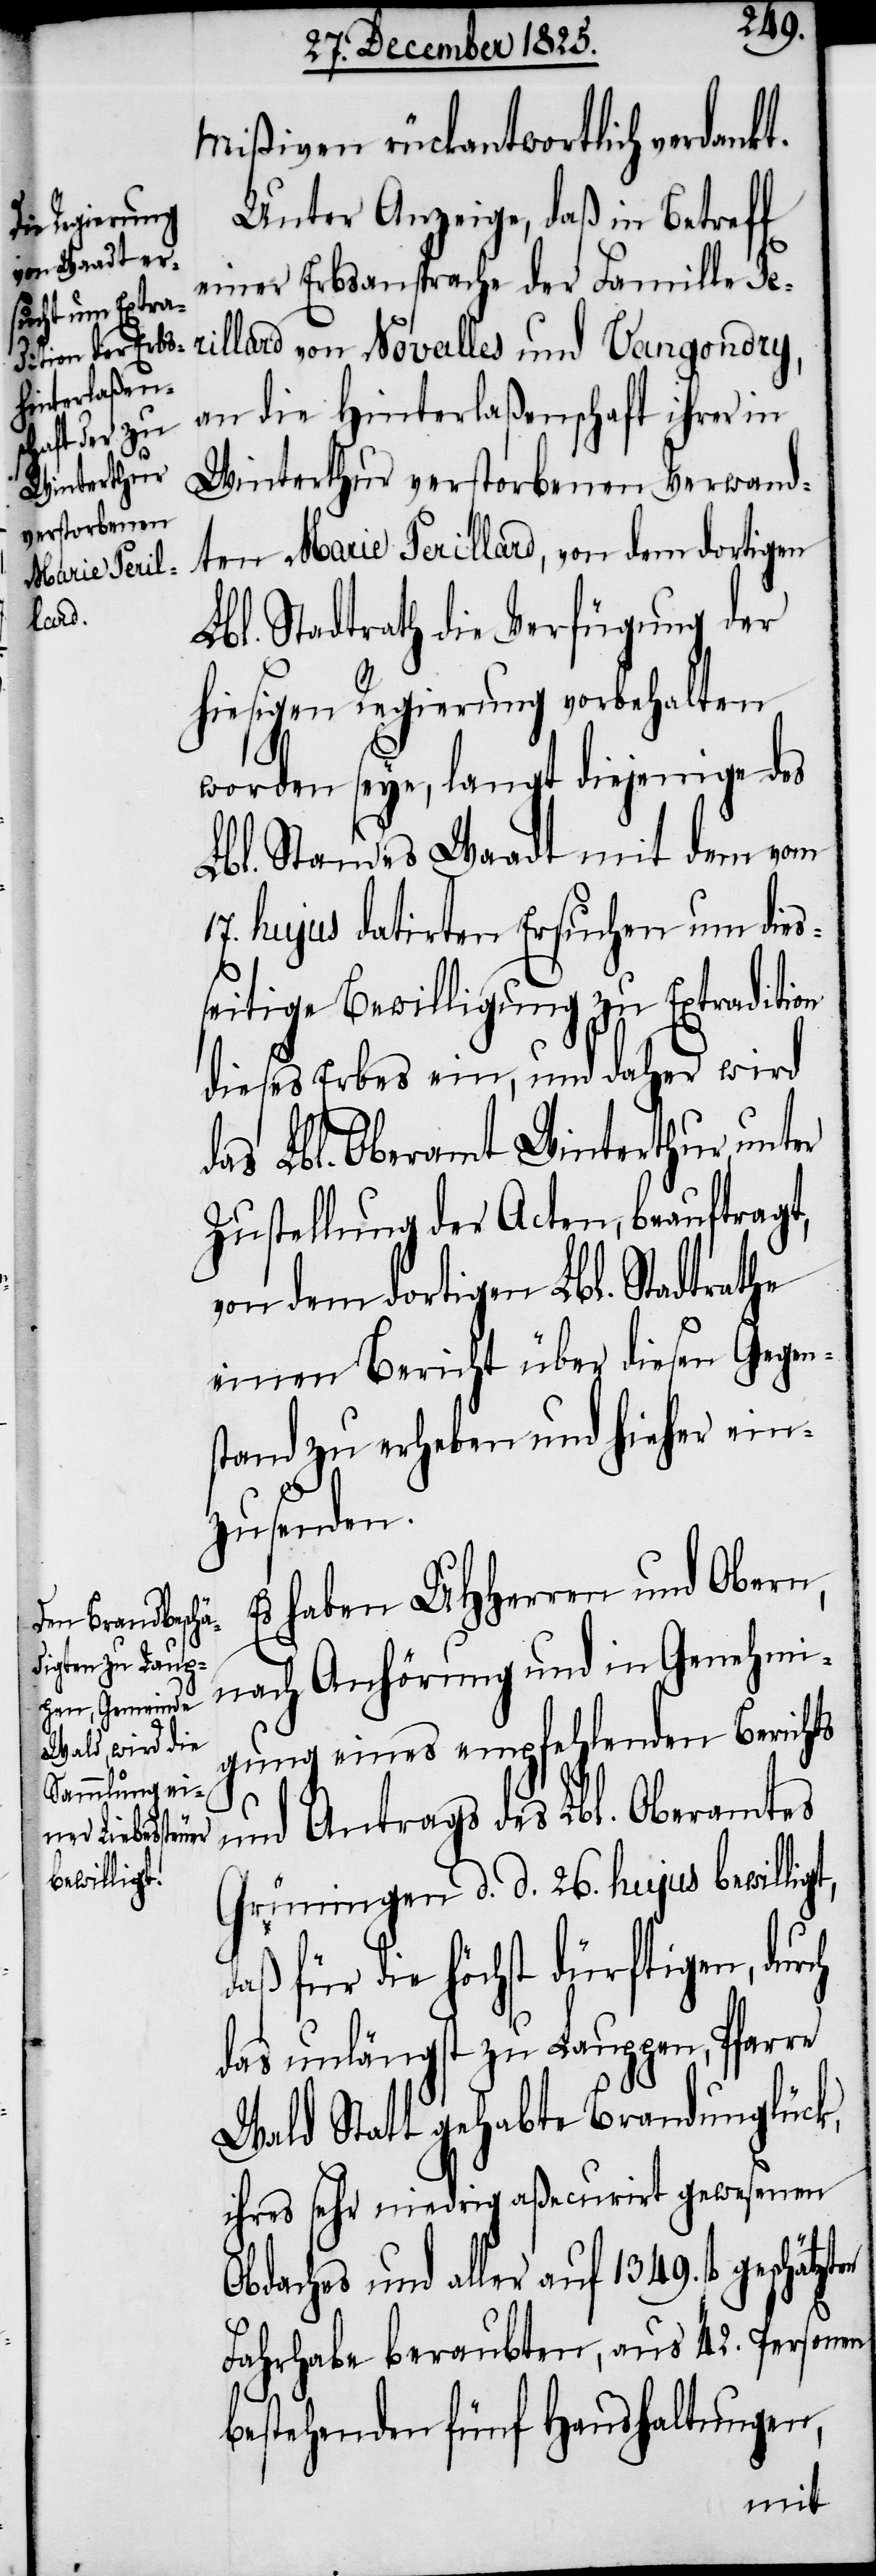
Mißiven rückantwortlich verdankt.
Unter Anzeige, daß in Betreff
einer Erbsansprache der Famille T¬
erillard von Novalles und Vangondry,
an die Hinterlaßenschaft ihrer in
Winterthur verstorbenen Verwand¬
ten Marie Ferillard, von dem dortigen
Lbl. Stadtrath die Verfügung der
hiesigen Regierung vorbehalten
worden seye, langt diejenige des
Lbl. Standes Waadt mit dem vom
17. hujus datirten Ersuchen um dies¬
seitige Bewilligung zu Extradition
dieses Erbes ein, und daher wird
das Lbl. Oberamt Winterthur unter
Zustellung der Acten, beauftragt,
von dem dortigen Lbl. Stadtrathe
einen Bericht über diesen Gegen¬
stand zu erheben und hieher ein¬
zusenden.
Es haben UHHerren und Obern,
nach Anhörung und in Genehmi¬
gung eines empfehlenden Berichts
und Antrags des Lbl. Oberamtes
Grüningen d. d. 26. hujus bewilligt,
daß für die höchst dürftigen, durch
das unlängst zu Lauppen, Pfarre
Wald Statt gehabte Brandunglück,
ihres sehr niedrig aßecurirt gewesen
Obdaches und aller auf 1349. fl.
Fahrhabe beraubten, aus 42. Personen
bestehenden fünf Haushaltungen,